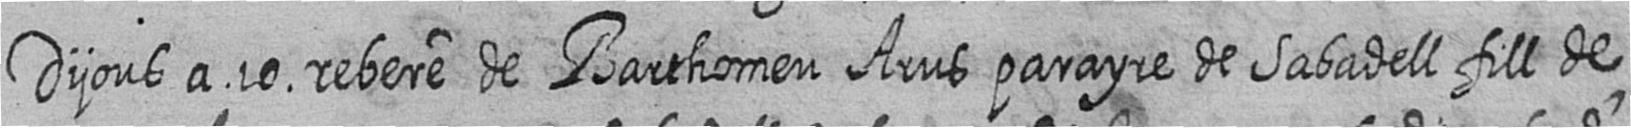
Dijous a 10 rebere de Barthomeu Arus parayre de Sabadell fill de